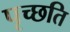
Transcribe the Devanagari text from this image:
पृच्छति